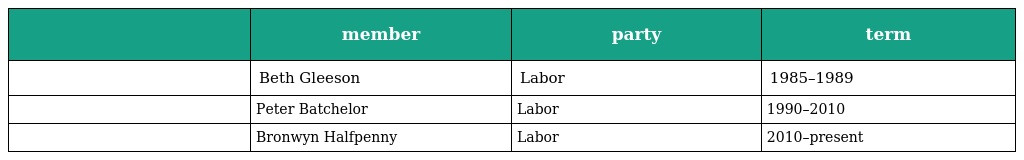
|  | member | party | term |
 | --- | --- | --- | --- |
 |  | Beth Gleeson | Labor | 1985–1989 |
 |  | Peter Batchelor | Labor | 1990–2010 |
 |  | Bronwyn Halfpenny | Labor | 2010–present |